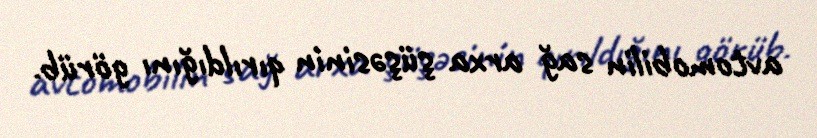
avtomobilin sağ arxa şüşəsinin qırıldığını görüb.